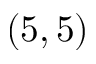
( 5 , 5 )